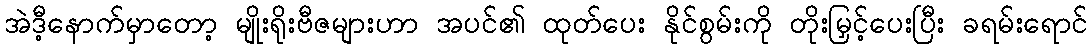
အဲဒီ့နောက်မှာတော့ မျိုးရိုးဗီဇများဟာ အပင်၏ ထုတ်ပေး နိုင်စွမ်းကို တိုးမြှင့်ပေးပြီး ခရမ်းရောင်